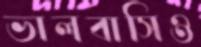
ভালবাসিও